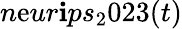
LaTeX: n\mathrm{e}ur\mathbf{i}ps_{2}023(t)